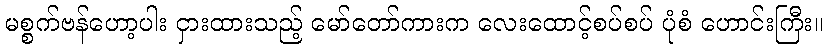
မစ္စက်ဗန်ဟော့ပါး ငှားထားသည့် မော်တော်ကားက လေးထောင့်စပ်စပ် ပုံစံ ဟောင်းကြီး။